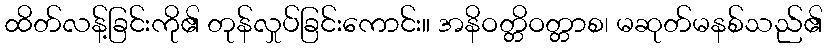
ထိတ်လန့်ခြင်းကို၏ တုန်လှုပ်ခြင်းကောင်း။ အနိဝတ္တိဝတ္တာစ၊ မဆုတ်မနစ်သည်၏